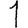
Digit: 1